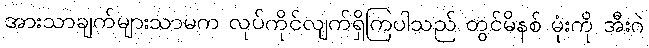
အားသာချက်များသာမက လုပ်ကိုင်လျက်ရှိကြပါသည် တွင်မိနစ် မုံးကို အီးဂဲ